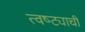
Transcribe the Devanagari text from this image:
त्वष्ट्याची